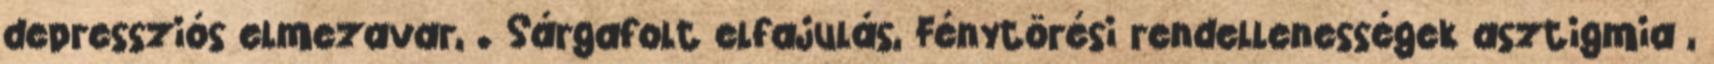
depressziós elmezavar, . Sárgafolt elfajulás, Fénytörési rendellenességek asztigmia ,